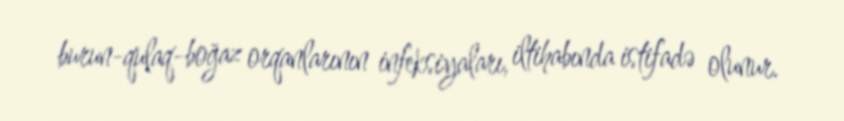
burun-qulaq-boğaz orqanlarının infeksiyaları, iltihabında istifadə olunur.